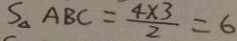
S _ { \Delta A B C } = \frac { 4 \times 3 } { 2 } = 6